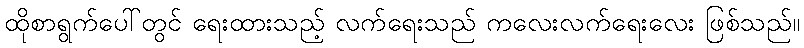
ထိုစာရွက်ပေါ်တွင် ရေးထားသည့် လက်ရေးသည် ကလေးလက်ရေးလေး ဖြစ်သည်။